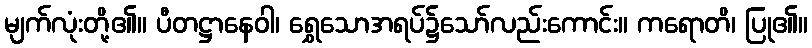
မျက်လုံးတို့၏။ ပီတဋ္ဌာနေဝါ၊ ရွှေသောအရပ်၌သော်လည်းကောင်း။ ကရောတိ၊ ပြု၏။